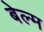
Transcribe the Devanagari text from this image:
बेल्म